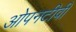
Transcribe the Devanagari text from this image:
ओपनटीवी